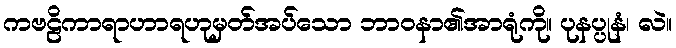
ကဗဠိကာရာဟာရဟုမှတ်အပ်သော ဘာဝနာ၏အာရုံကို။ ပုနပ္ပုနံ၊ လဲ။